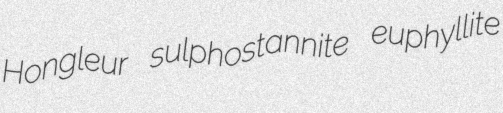
Hongleur sulphostannite euphyllite